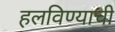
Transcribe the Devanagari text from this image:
हलविण्याची